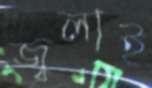
জ্বলাই